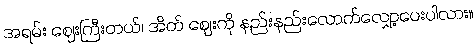
အရမ်း ဈေးကြီးတယ်၊ အိတ် ဈေးကို နည်းနည်းလောက်လျှော့ပေးပါလား။